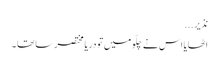
نذ یر...
اٹھایا اس نے چلّو میں تو دریا مختصر سا تھا ۔